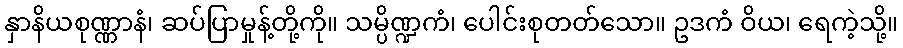
နှာနိယစုဏ္ဏာနံ၊ ဆပ်ပြာမှုန့်တို့ကို။ သမ္ပိဏ္ဍကံ၊ ပေါင်းစုတတ်သော။ ဥဒကံ ဝိယ၊ ရေကဲ့သို့။